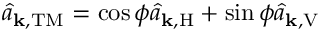
\hat { a } _ { \mathbf { k } , \mathrm { T M } } = \cos \phi \hat { a } _ { \mathbf { k } , \mathrm { H } } + \sin \phi \hat { a } _ { \mathbf { k } , \mathrm { V } }